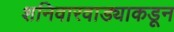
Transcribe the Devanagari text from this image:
शनिवारवाड्याकडून